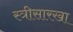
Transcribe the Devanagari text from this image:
स्त्रीसारखा